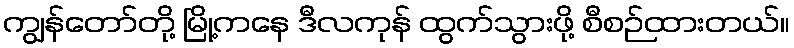
ကျွန်တော်တို့ မြို့ကနေ ဒီလကုန် ထွက်သွားဖို့ စီစဉ်ထားတယ်။